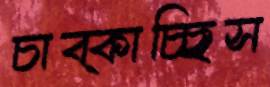
চাব্‌কাচ্ছিস